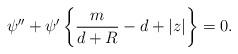
LaTeX: \begin{align*}\psi'' +\psi' \left\{ \frac{m}{d+R}- d + |z| \right\} = 0.\end{align*}